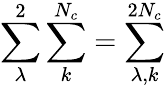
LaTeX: \displaystyle\sum_{\lambda}^{2}\displaystyle\sum_{k}^{N_{c}}=\displaystyle\sum_{\lambda,k}^{2N_{c}}